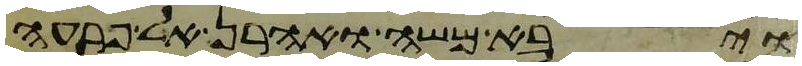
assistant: ויבא משה ואהרן אל פרעה